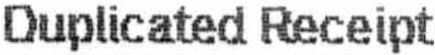
DUPLICATED RECEIPT